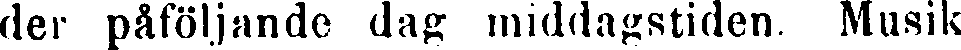
der påföljande dag middagstiden. Musik